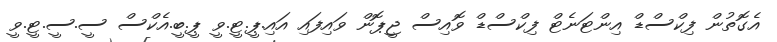
އެގޮތުން ފިކްސްޑް އިންޓަނެޓް ފިކްސްޑް ވޮއިސް ޖީޕޮން ވައިފައި އައި.ޕީ.ޓީ.ވީ ޕީ.ބީ.އެކްސް ސީ.ސީ.ޓީ.ވީ